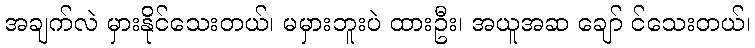
အချက်လဲ မှားနိုင်သေးတယ်၊ မမှားဘူးပဲ ထားဦး၊ အယူအဆ ချော် င်သေးတယ်၊